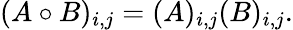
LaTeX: (A\circ B)_{i,j}=(A)_{i,j}(B)_{i,j}.